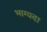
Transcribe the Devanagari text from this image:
भाग्यदा